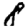
Digit: 8